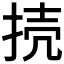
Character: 𢭜